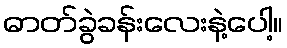
ဓာတ်ခွဲခန်းလေးနဲ့ပေါ့။